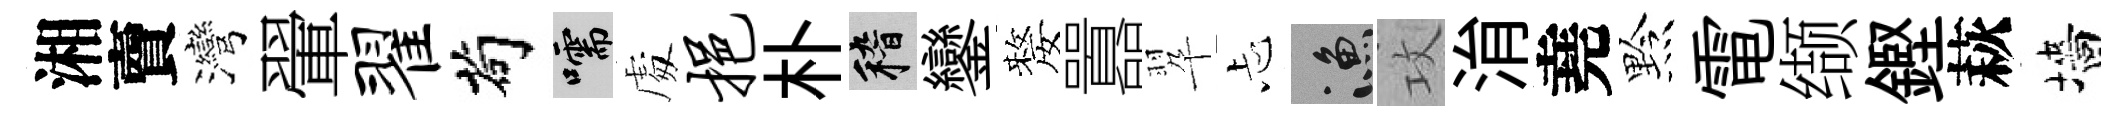
湘𧶠灣翬翟茍嚅䖏挹朴稽鑾嫠囂翆忐漁攻㳙堯黔電缬鏗萩墻